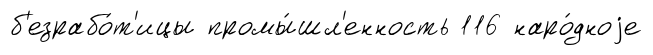
б'езрабо́т'ицы промы́шл'енность 116 наро́дноjе